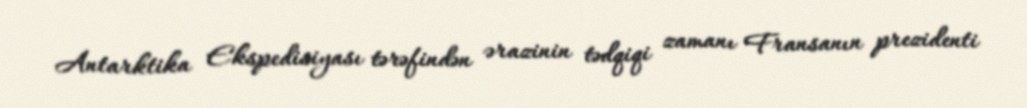
Antarktika Ekspedisiyası tərəfindən ərazinin tədqiqi zamanı Fransanın prezidenti